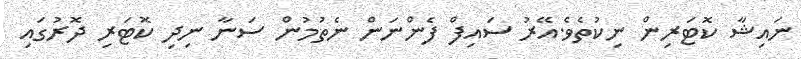
ނައިޝާ ކޮޓަރިން ނިކުތެވެ.އޭރު ސައިފް ފެންނަން ނެތުމުން ސަނާ ނިދި ކޮޓަރި ދޮރުގައި